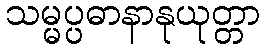
သမ္မပ္ပဓာနာနုယုတ္တာ